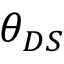
\theta _ { D S }